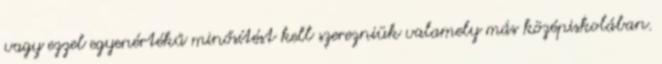
vagy ezzel egyenértékű minősítést kell szerezniük valamely más középiskolában.